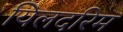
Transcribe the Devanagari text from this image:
यिलदरिम